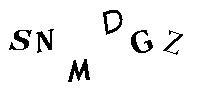
SNMDGZ